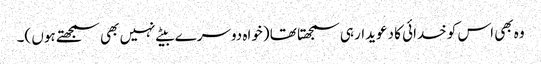
وہ بھی اس کو خدائی کا دعویدار ہی سمجھتا تھا (خواہ دوسرے بیٹے نہیں بھی سمجھتے ہوں )۔